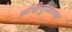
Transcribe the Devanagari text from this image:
कांचीपुरमच्या